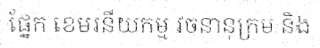
ផ្នែក ខេមរនីយកម្ម វចនានុក្រម និង